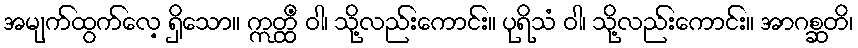
အမျက်ထွက်လေ့ ရှိသော။ ဣတ္ထိံ ဝါ၊ သို့လည်းကောင်း။ ပုရိသံ ဝါ၊ သို့လည်းကောင်း။ အာဂစ္ဆတိ၊